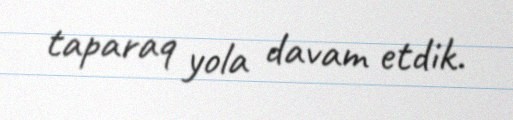
taparaq yola davam etdik.